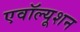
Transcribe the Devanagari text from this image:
एवॉल्यूशन